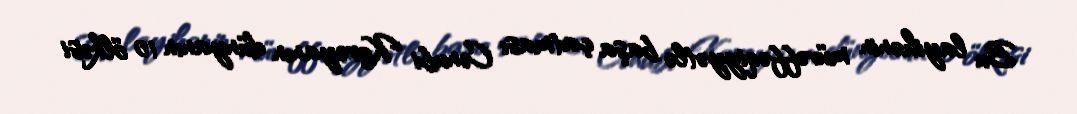
Bu layihənin müvəffəqiyyətlə başa çatması Cənubi Koreyanın dünyanın 10 ölkəsi